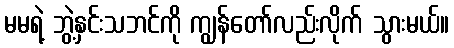
မမရဲ့ ဘွဲ့နှင်းသဘင်ကို ကျွန်တော်လည်းလိုက် သွားမယ်။